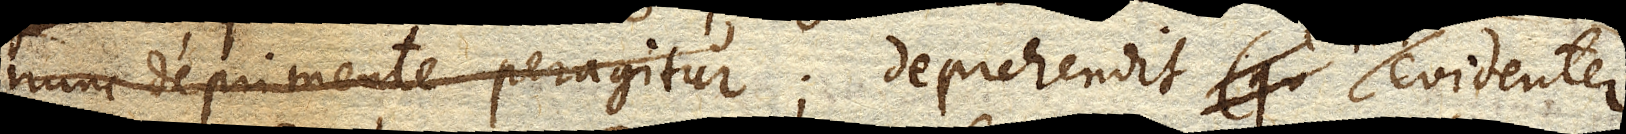
nunc deprimente peragitur; Deprehendit evidenter